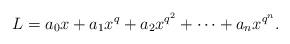
LaTeX: \begin{align*}L=a_0x+a_1x^q+a_2x^{q^2}+\cdots+a_n x^{q^n}.\end{align*}